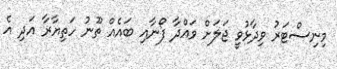
މިނިސްޓަރު ވިދާޅުވީ ޖަލަށް ވައްދާ ފޯނާއި ބައެއް ތޫނު ހަތިޔާރާ އަދި އެ